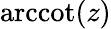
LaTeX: \operatorname{arccot}(z)